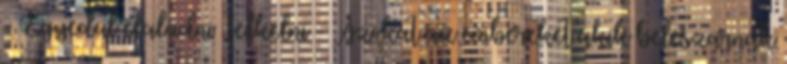
- Egyedül elaludni felkelni - Azokat az embereket akik beleszarnak